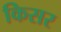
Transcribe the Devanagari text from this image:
किसर